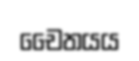
චෛතයය